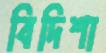
বিদিশা